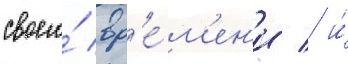
своего́ вр'е́м'ен'и / и́